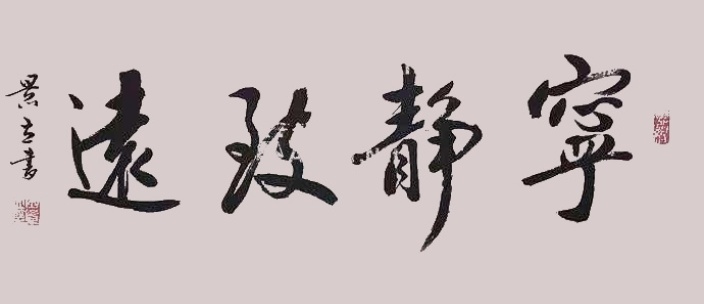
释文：宁静致远2022年作